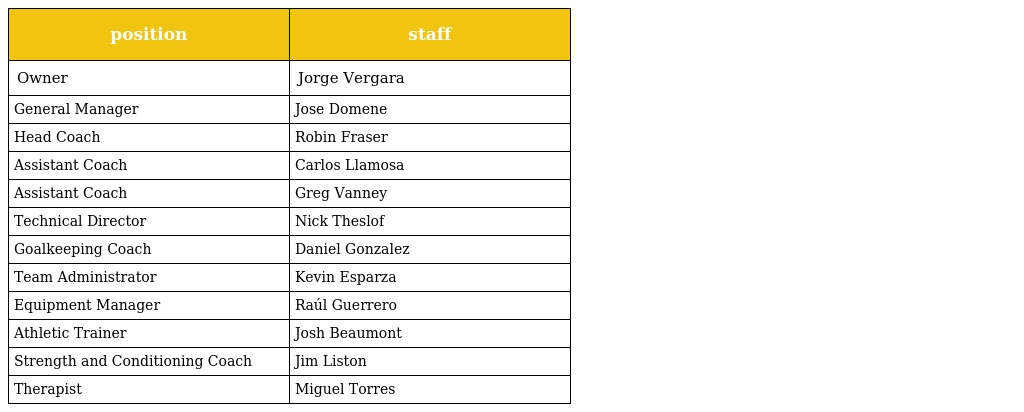
| position | staff |
 | --- | --- |
 | Owner | Jorge Vergara |
 | General Manager | Jose Domene |
 | Head Coach | Robin Fraser |
 | Assistant Coach | Carlos Llamosa |
 | Assistant Coach | Greg Vanney |
 | Technical Director | Nick Theslof |
 | Goalkeeping Coach | Daniel Gonzalez |
 | Team Administrator | Kevin Esparza |
 | Equipment Manager | Raúl Guerrero |
 | Athletic Trainer | Josh Beaumont |
 | Strength and Conditioning Coach | Jim Liston |
 | Therapist | Miguel Torres |